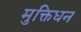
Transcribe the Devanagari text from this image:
मुक्तिधन